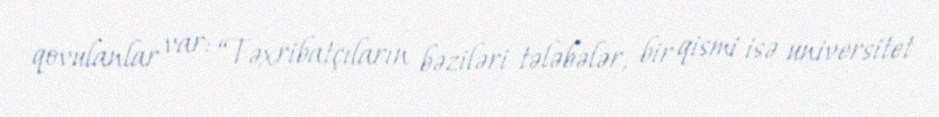
qovulanlar var: “Təxribatçıların bəziləri tələbələr, bir qismi isə universitet